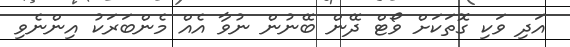
އަދި ވަކި ގޮތަކަށް ވޯޓް ދޭން ބޭނުން ނުވާ އެއް މެންބަރަކު އިންނެވި